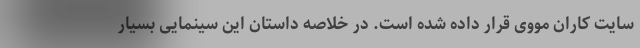
سایت کاران مووی قرار داده شده است. در خلاصه داستان این سینمایی بسیار